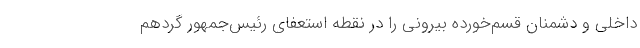
داخلی و دشمنان قسم‌خورده بیرونی را در نقطه استعفای رئیس‌جمهور گرد‌هم